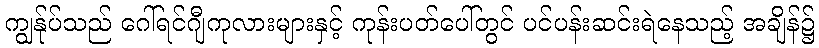
ကျွန်ုပ်သည် ဂေါ်ရင်ဂျီကုလားများနှင့် ကုန်းပတ်ပေါ်တွင် ပင်ပန်းဆင်းရဲနေသည့် အချိန်၌